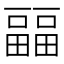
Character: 㽬